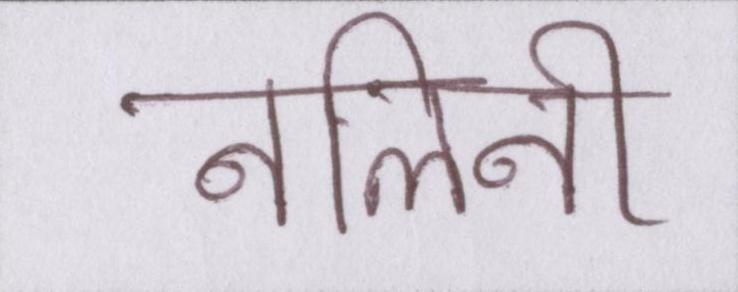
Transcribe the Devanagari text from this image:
नलिनी